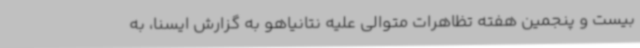
بیست و پنجمین هفته تظاهرات متوالی علیه نتانیاهو به گزارش ایسنا، به